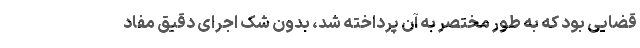
قضایی بود که به طور مختصر به آن پرداخته شد، بدون شک اجرای دقیق مفاد